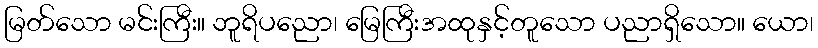
မြတ်သော မင်းကြီး။ ဘူရိပညော၊ မြေကြီးအထုနှင့်တူသော ပညာရှိသော။ ယော၊